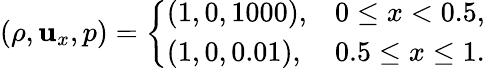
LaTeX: (\rho,\mathbf{u}_{x},p)=\left\{ \begin{array}{ll}{(1,0,1000),}&{0\leq x<0.5,}\\ {(1,0,0.01),}&{0.5\leq x\leq 1.}\end{array}\right.